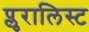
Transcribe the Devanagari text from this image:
प्लुरालिस्ट